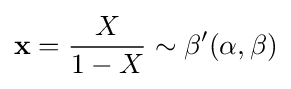
\mathbf {x} ={\frac {X}{1-X}}\sim \beta '(\alpha ,\beta )